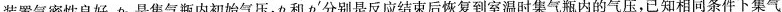
装置气密性良好，p_{0}是集气瓶内初始气压，p和p^{\prime}分别是反应结束后恢复到室温时集气瓶内的气压，已知相同条件下集气